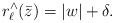
LaTeX: \begin{align*} r_{\ell}^{\wedge}(\bar{z}) = |w| + \delta.\end{align*}